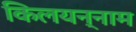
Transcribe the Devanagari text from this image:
किलयन्नाम